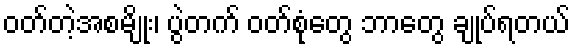
ဝတ်တဲ့အစမျိုး၊ ပွဲတက် ဝတ်စုံတွေ ဘာတွေ ချုပ်ရတယ်